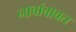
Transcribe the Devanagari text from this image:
नावांबाबत